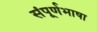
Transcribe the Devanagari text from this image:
संपूर्णभाषा